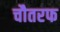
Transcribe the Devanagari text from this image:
चौतरफ